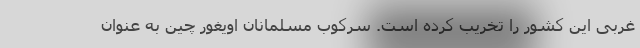
غربی این کشور را تخریب کرده است. سرکوب مسلمانان اویغور چین به عنوان